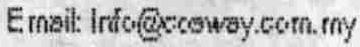
EMAIL: INFO@COSWAY.COM.MY